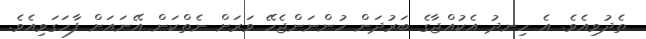
ތެދުވިއެވެ. އެ ހިނދު އެކުއްޖާގެ ބަރުދަން ހުންނަންޖެހޭ ވަރަށް ނެތްކަން އޭނައަށް ފާހަގަވިއެވެ.